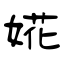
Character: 婲